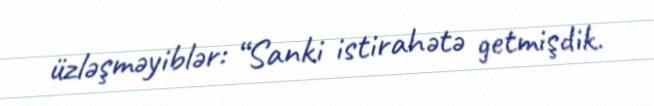
üzləşməyiblər: “Sanki istirahətə getmişdik.